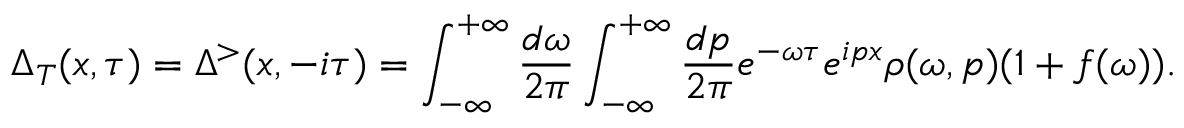
\Delta _ { T } ( x , \tau ) = \Delta ^ { > } ( x , - i \tau ) = \int _ { - \infty } ^ { + \infty } \frac { d \omega } { 2 \pi } \int _ { - \infty } ^ { + \infty } \frac { d p } { 2 \pi } e ^ { - \omega \tau } e ^ { i p x } \rho ( \omega , p ) ( 1 + f ( \omega ) ) .